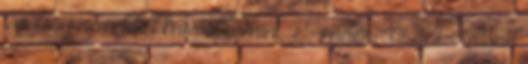
távolság nem lehet kevesebb, mint 2,5 méter. 4.7.3.4. Kettõnél